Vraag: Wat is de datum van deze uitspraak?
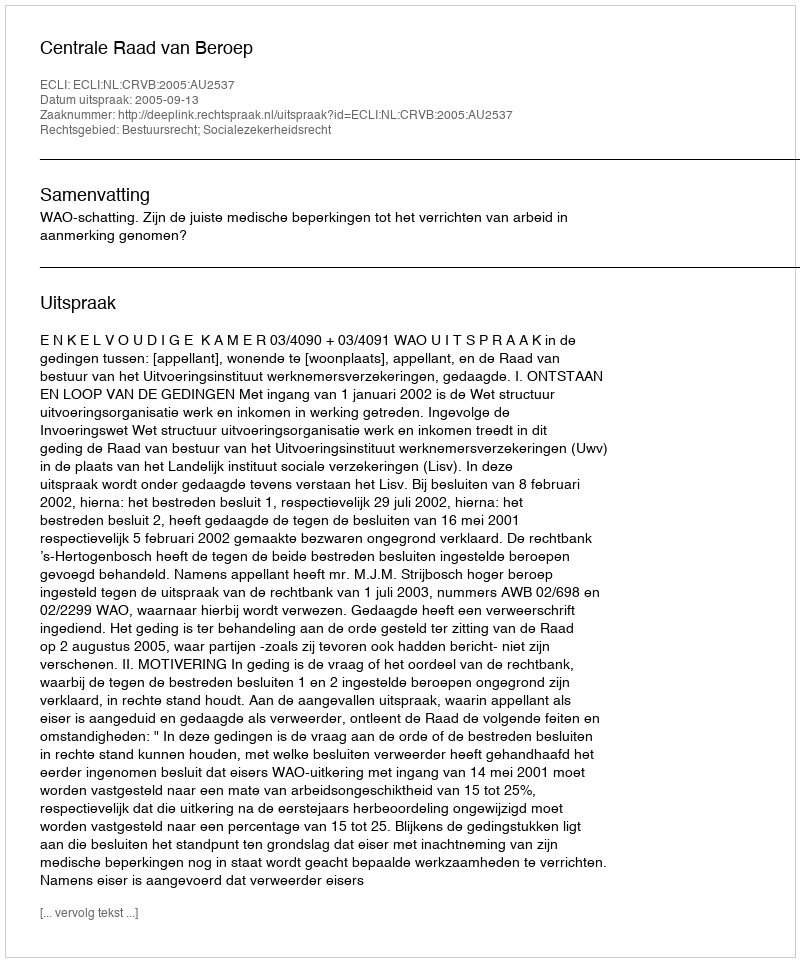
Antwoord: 2005-09-13